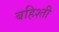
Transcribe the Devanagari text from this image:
बहिश्ती